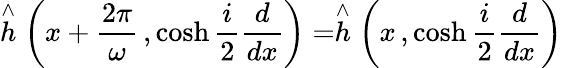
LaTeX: \stackrel{\wedge}{h}\left(x+\frac{2\pi}{\omega}\, ,\cosh\frac{i}{2}\frac{d}{dx}\right)=\stackrel{\wedge}{h}\left(x\, ,\cosh\frac{i}{2}\frac{d}{dx}\right)